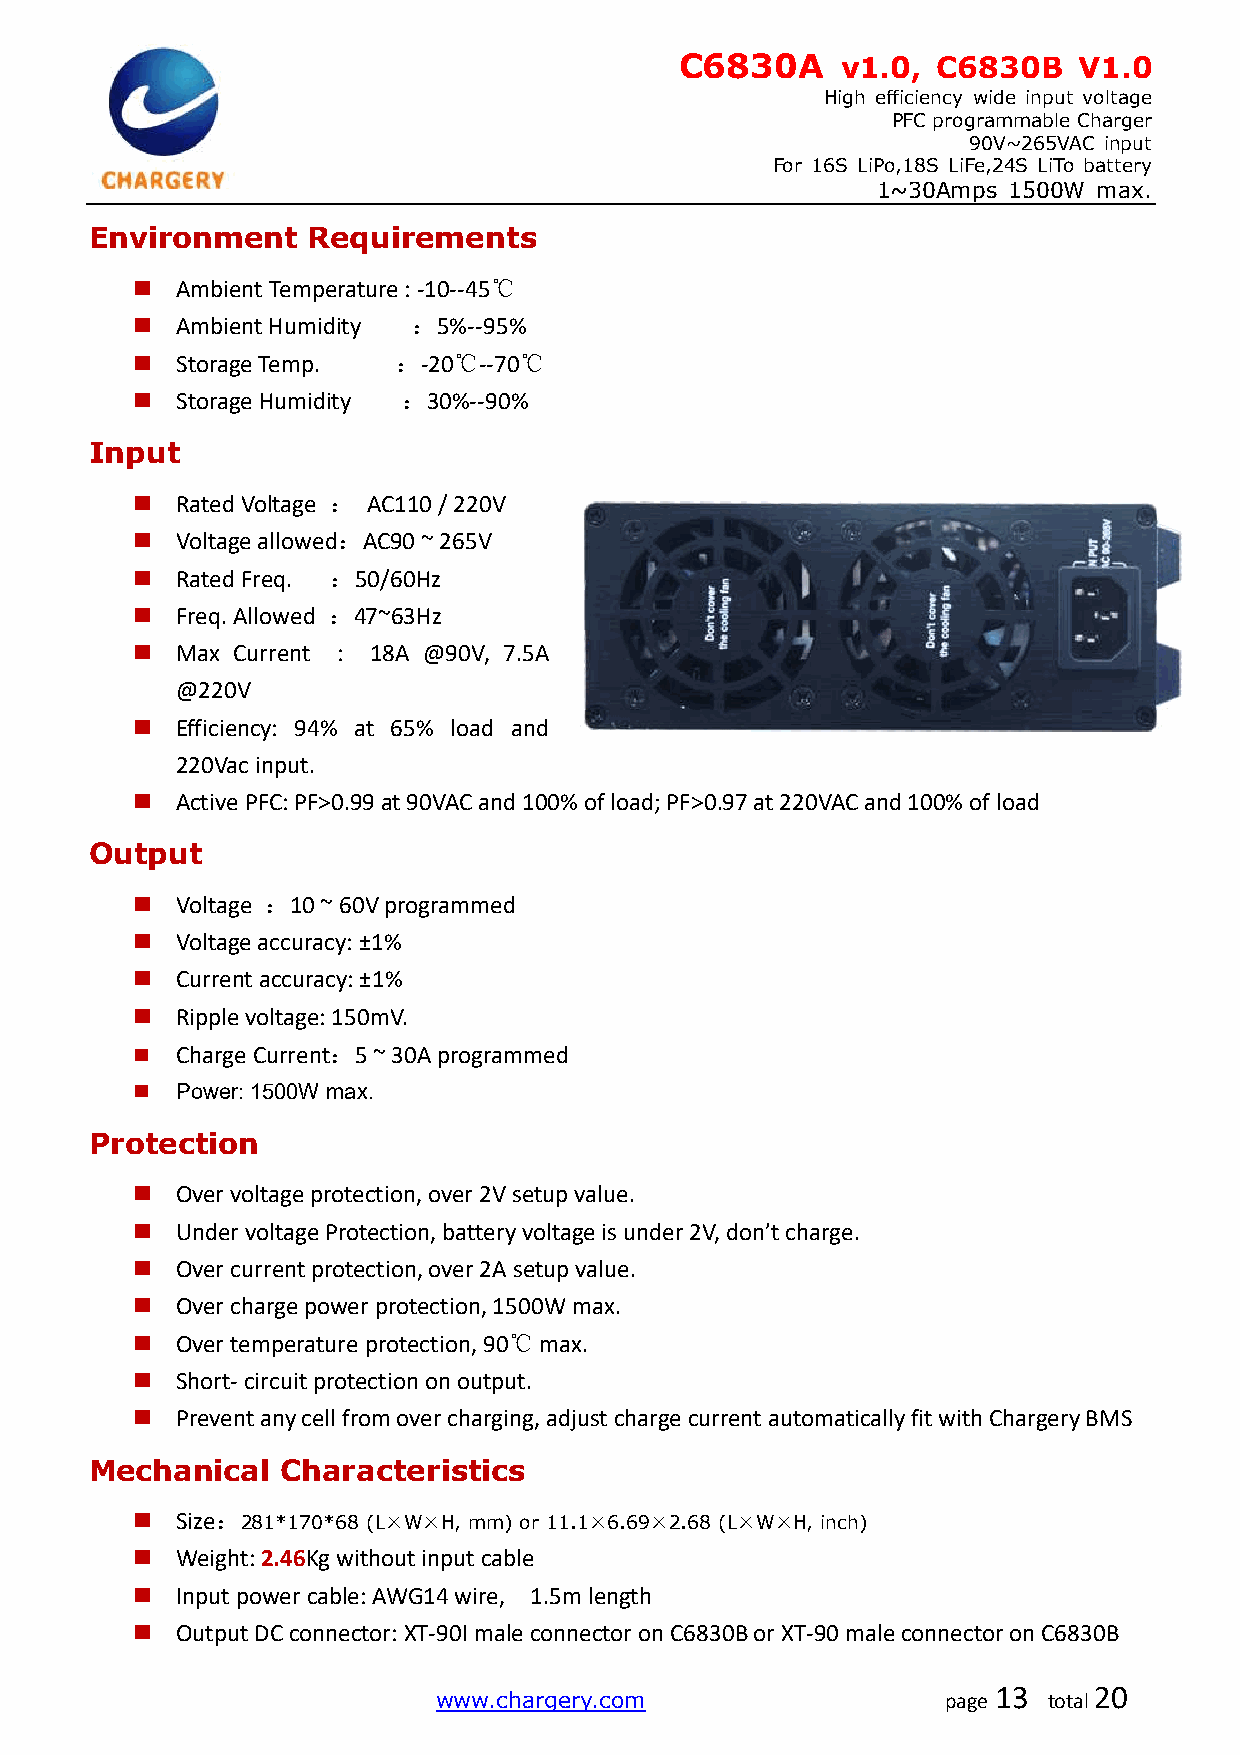
C6830A     v1.0, C6830B   V1.0
 High efficiency wide input voltage
 PFC programmable Charger
 90V~265VAC input
 For 16S LiPo,18S LiFe,24S LiTo battery
 1~30Amps 1500W max.
 Environment   Requirements
   Ambient Temperature : -10--45℃
   Ambient Humidity ：5%--95%
   Storage Temp. ：-20℃--70℃
   Storage Humidity ：30%--90%
 Input
   Rated Voltage ： AC110 / 220V
   Voltage allowed：AC90 ~ 265V
   Rated Freq. ：50/60Hz
   Freq. Allowed ：47~63Hz
   Max Current : 18A @90V, 7.5A
 @220V
   Efficiency: 94% at 65% load and
 220Vac input.
   Active PFC: PF>0.99 at 90VAC and 100% of load; PF>0.97 at 220VAC and 100% of load
 Output
   Voltage ：10 ~ 60V programmed
   Voltage accuracy: ±1%
   Current accuracy: ±1%
   Ripple voltage: 150mV.
   Charge Current：5 ~ 30A programmed
   Power: 1500W max.
 Protection
   Over voltage protection, over 2V setup value.
   Under voltage Protection, battery voltage is under 2V, don’t charge.
   Over current protection, over 2A setup value.
   Over charge power protection, 1500W max.
   Over temperature protection, 90℃ max.
   Short- circuit protection on output.
   Prevent any cell from over charging, adjust charge current automatically fit with Chargery BMS
 Mechanical   Characteristics
   Size： 281*170*68 (L×W×H, mm) or 11.1×6.69×2.68 (L×W×H, inch)
   Weight: 2.46Kg without input cable
   Input power cable: AWG14 wire, 1.5m length
   Output DC connector: XT-90I male connector on C6830B or XT-90 male connector on C6830B
 www.chargery.com                  page
 13
 total
 20